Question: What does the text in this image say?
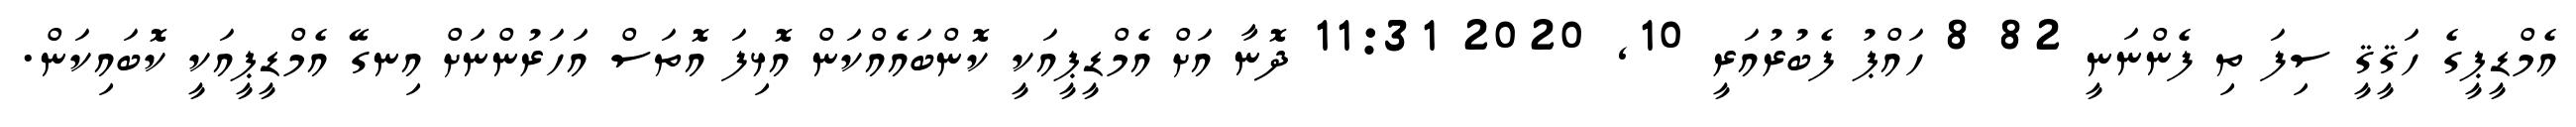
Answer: އެމްޑީޕީގެ ހަޤީޤީ ސިފަ ތި ފެންނަނީ 82 8 ހައްޕު ފެބުރުއަރީ 10, 2020 11:31 ދޮނާ އަށް އެމްޑީޕީއަކީ ކޮންބައެއްކަން އޮޅިފަ އޮތަސް އަހަރުންނަށް އިނގޭ އެމްޑީޕީއަކީ ކޮބައިކަން.